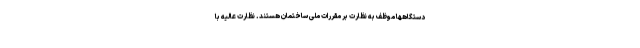
دستگاهها موظف به نظارت بر مقررات ملی ساختمان هستند. نظارت عالیه با